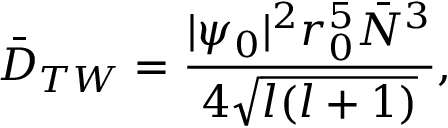
\bar { D } _ { T W } = \frac { | \psi _ { 0 } | ^ { 2 } r _ { 0 } ^ { 5 } \bar { N } ^ { 3 } } { 4 \sqrt { l ( l + 1 ) } } ,